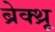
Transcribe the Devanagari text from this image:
ब्रेक्थ्रू